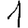
Digit: 1